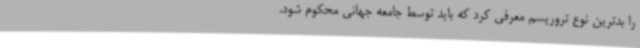
را بدترین نوع تروریسم معرفی کرد که باید توسط جامعه جهانی محکوم شود.